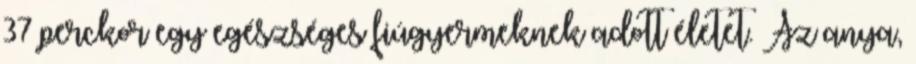
37 perckor egy egészséges fiúgyermeknek adott életet. Az anya,